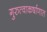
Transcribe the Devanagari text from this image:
गुरुत्वाकर्षाणात